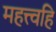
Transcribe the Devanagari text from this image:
महत्त्वहि